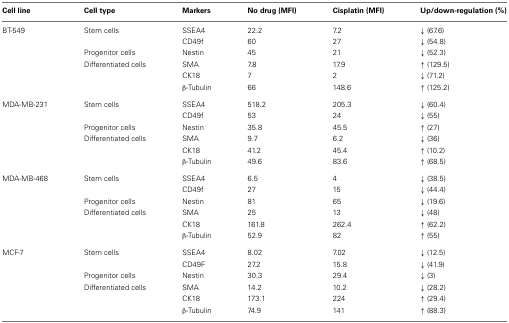
| Cell line | Cell type | Markers | No drug (MFI) | Cisplatin (MFI) | Up/down-regulation (%) |
 | --- | --- | --- | --- | --- | --- |
 | BT-549 | Stem cells | SSEA4 | 22.2 | 7.2 | ↓(67.6) |
 |  |  | CD49f | 60 | 27 | ↓(54.8) |
 |  | Progenitor cells | Nestin | 45 | 21 | ↓(52.3) |
 |  | Differentiated cells | SMA | 7.8 | 17.9 | ↑(129.5) |
 |  |  | CK18 | 7 | 2 | ↓(71.2) |
 |  |  | β-Tubulin | 66 | 148.6 | ↑(125.2) |
 | MDA-MB-231 | Stem cells | SSEA4 | 518.2 | 205.3 | ↓(60.4) |
 |  |  | CD49f | 53 | 24 | ↓(55) |
 |  | Progenitor cells | Nestin | 35.8 | 45.5 | ↑(27) |
 |  | Differentiated cells | SMA | 9.7 | 6.2 | ↓(36) |
 |  |  | CK18 | 41.2 | 45.4 | ↑(10.2) |
 |  |  | β-Tubulin | 49.6 | 83.6 | ↑(68.5) |
 | MDA-MB-468 | Stem cells | SSEA4 | 6.5 | 4 | ↓(38.5) |
 |  |  | CD49f | 27 | 15 | ↓(44.4) |
 |  | Progenitor cells | Nestin | 81 | 65 | ↓(19.6) |
 |  | Differentiated cells | SMA | 25 | 13 | ↓(48) |
 |  |  | CK18 | 161.8 | 262.4 | ↑(62.2) |
 |  |  | β-Tubulin | 52.9 | 82 | ↑(55) |
 | MCF-7 | Stem cells | SSEA4 | 8.02 | 7.02 | ↓(12.5) |
 |  |  | CD49F | 27.2 | 15.8 | ↓(41.9) |
 |  | Progenitor cells | Nestin | 30.3 | 29.4 | ↓(3) |
 |  | Differentiated cells | SMA | 14.2 | 10.2 | ↓(28.2) |
 |  |  | CK18 | 173.1 | 224 | ↑(29.4) |
 |  |  | β-Tubulin | 74.9 | 141 | ↑(88.3) |